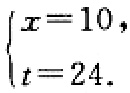
\(\begin{cases}

x = 10, \\

t = 24.

\end{cases}\)